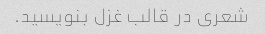
شعری در قالب غزل بنویسید.